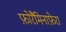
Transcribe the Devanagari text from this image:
फ़ोरैमिनाफ़ेरा